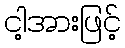
ငါ့အားဖြင့်